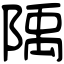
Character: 𨺲